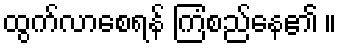
ထွက်လာစေရန် ကြံစည်နေ၏ ။